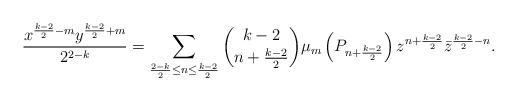
LaTeX: \begin{align*}\frac{x^{\frac{k-2}{2}-m}y^{\frac{k-2}{2}+m}}{2^{2-k}}=\sum_{\frac{2-k}{2}\leq n\leq\frac{k-2}{2}}\binom{k-2}{n+\frac{k-2}{2}}\mu_m\left(P_{n+\frac{k-2}{2}}\right)z^{n+\frac{k-2}{2}}\bar z^{\frac{k-2}{2}-n}.\end{align*}